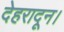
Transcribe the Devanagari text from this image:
देहरादून।